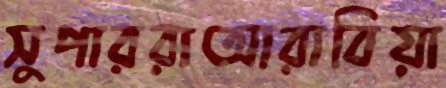
সুপাররাআরাবিয়া